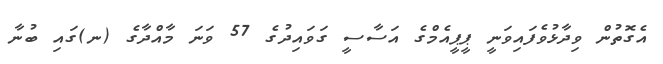
އެގޮތުން ވިދާޅުވެފައިވަނީ ޕީޕީއެމްގެ އަސާސީ ގަވައިދުގެ 57 ވަނަ މާއްދާގެ (ނ)ގައި ބުނާ